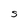
Character: S